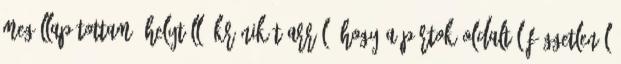
megállapítottam, helytálló krónikát arról, hogy a pártok oldaltól függetlenül